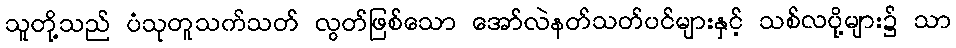
သူတို့သည် ပံသုတူသက်သတ် လွတ်ဖြစ်သော အော်လဲနတ်သတ်ပင်များနှင့် သစ်လပို့များ၌ သာ